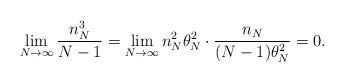
LaTeX: \begin{align*}\lim_{N \to \infty} \frac{n_N^3}{N-1}=\lim_{N \to \infty} n_N^2 \theta^2_N \cdot \frac{n_N}{(N-1)\theta^2_N}=0.\end{align*}